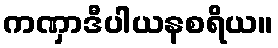
ကဏှာဒီပါယနစရိယ။